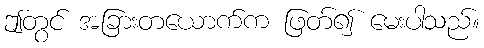
ဤတွင် အခြားတယောက်က ဖြတ်၍ မေးပါသည်။